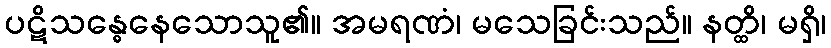
ပဋိသန္ဓေနေသောသူ၏။ အမရဏံ၊ မသေခြင်းသည်။ နတ္ထိ၊ မရှိ၊